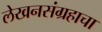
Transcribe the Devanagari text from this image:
लेखनसंग्रहाचा